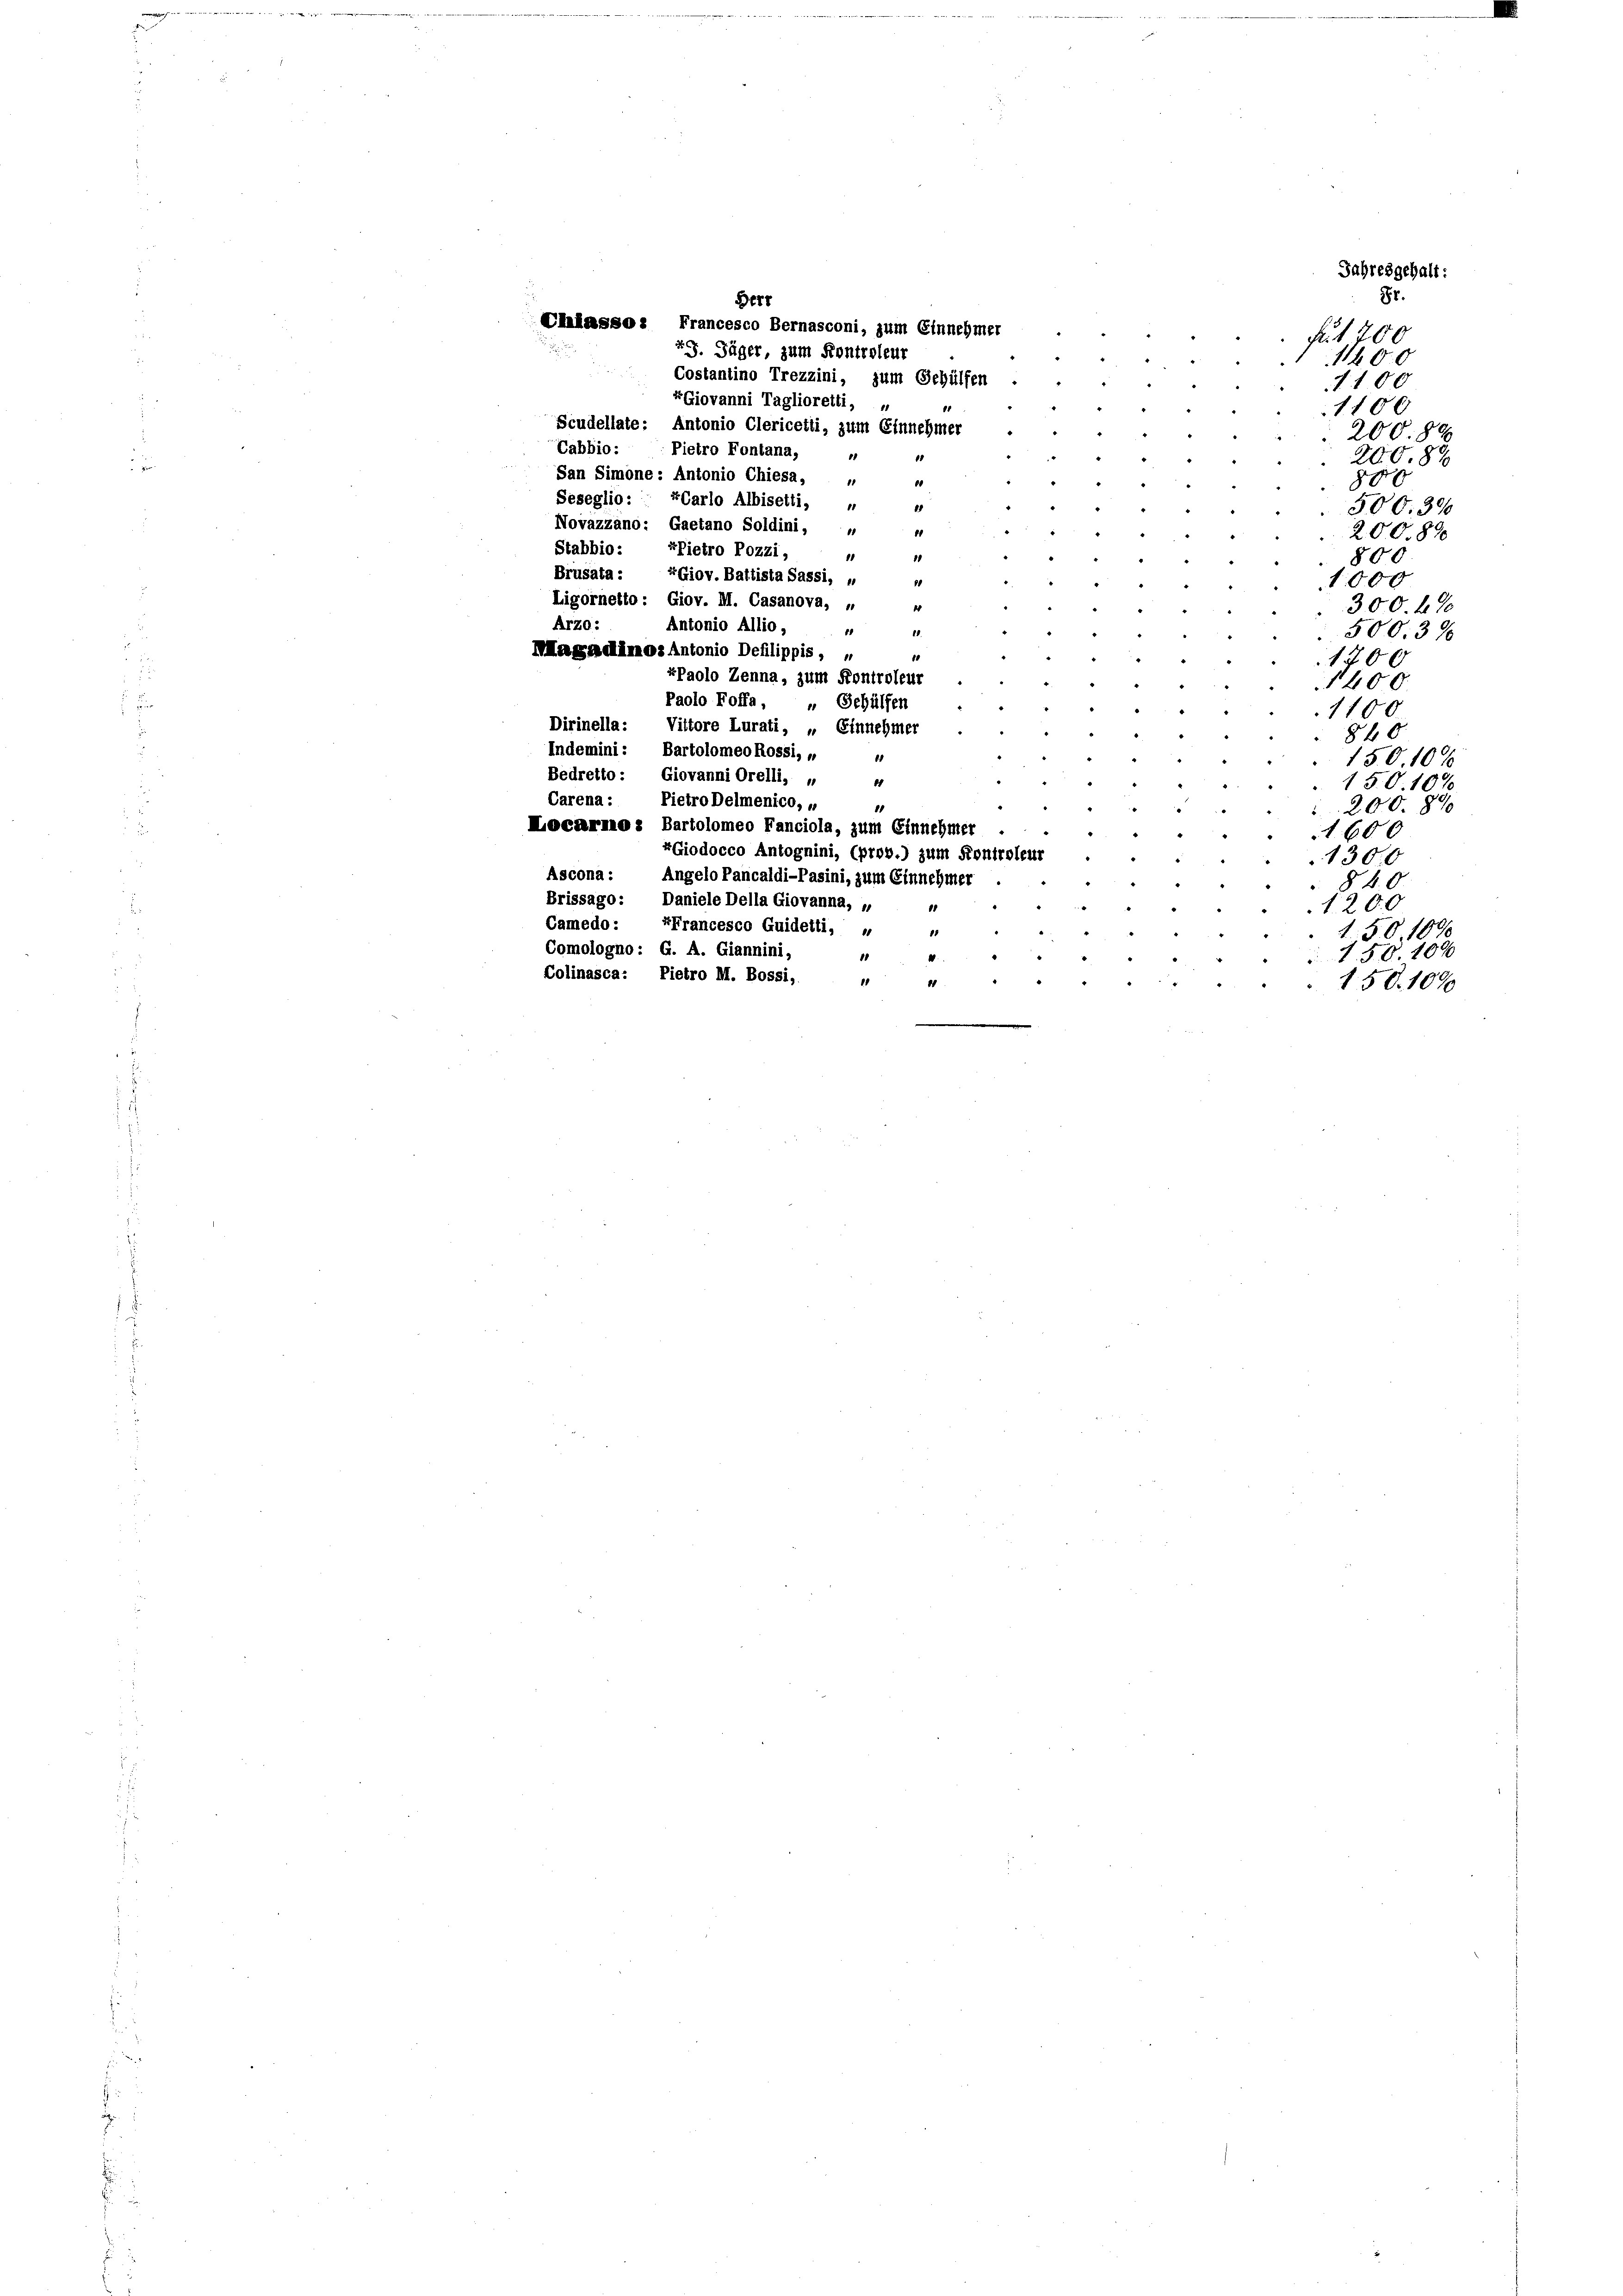
Herr
Chiassos Francesco Bernasconi, zum Einnehmer
fr. 1700
49. Jäger, zum Kontroleur
4
11400
Costantino Trezzini, zum Gehülfen
1100
Giovanni Taglioretti, u
1100
Scudellate: Antonio Clericetti, zum Einnehmer
¬
200.89
Cabbio:
Pietro Fontana, „
20087

d
San Simone: Antonio Chiesa,
10
880
Seseglio: «Carlo Albisetti, „
500. 300
Novazzano: Gaetano Soldini, u
40
200.890
Stabbio:
xPietro Pozzi,
1
800
4
Brusata: Giov. Battista Sassi, „
1000
Ligornetto: Giov. M. Casanova, „
d
300. 48
Arzo:
Antonio Allio,
1
50039
Magadinos Antonio Defilippis, 4
1700
kPaolo Zenna, zum Kontroleur
“
1400
Paolo Foffa, „ Gehülfen
1100
Dirinella: Vittore Lurati, „Einnehmer .
840
Indemini: Bartolomeo Rossi, „
“
1
150. 10 x
Bedretto: Giovanni Orelli, u
11
“

150. 10%
Carena :
Pietro Delmenico, „
1
200 890
Locarno : Bartolomeo Fanciola, zum Einnehmer
1600
Giodocco Antognini, (prov.) zum Fontroleur
1300
Ascona: Angelo Pancaldi-Pasini, zum Einnehmer
840
Brissago: Daniele Della Giovanna,
1200
81
Camedo: Ffrancesco Guidetli, u
150. 1000
18
Comologno: G. A. Giannini,
150. 109
1
4
2
u
Colinasca: Pietro M. Bossi,
4
11
1
150. 107
.

Jahresgehalt:
r.